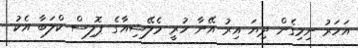
އަހަރު ނިމިގެން ދިޔަ އިރު އޭނާ ހުރީ މެލޭޝިއާގެ ޕޮލިސް ކްލަބާ އެކު